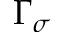
\Gamma _ { \sigma }